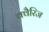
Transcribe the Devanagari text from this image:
क्वैरिज